system: You are a helpful assistant.
user:
Analyze the provided spectrum to determine if it is a **S-type Star**.

- **Key Indicators for S-type Star:**

    - **(Overall Spectrum Shape):** The first and most obvious characteristic is the overall continuum (the "baseline" shape). It is **extremely "red-sloping,"** meaning the flux (light intensity) is very low on the left side (blue, ~4000-4500 Å) and rises steeply and continuously toward the right side (red, ~7000 Å+).

    - **(Primary):** The spectrum is defined by the presence of strong, broad molecular absorption "valleys" (bands) from **Zirconium Oxide (ZrO)**. The identification of these bands is the **primary requirement** for classifying a star as S-type.
        - **(Key Bandheads):** You must find distinct, deep "dips" where the light has been absorbed. The most critical band systems to locate are:
            - **~6474 Å** ($\gamma$-system): This is often the strongest and clearest ZrO feature, found in the red part of the spectrum.
            - **~5718 Å** & **~5551 Å** ($\beta$-system): A pair of prominent absorption features in the yellow-orange part of the spectrum.
            - **~4640 Å** ($\alpha$-system): A key absorption band system in the blue-green region of the spectrum.

    - **(Secondary Confirmation):** The classification is strengthened by finding additional absorption bands from other related heavy element oxides, which are expected to be present alongside ZrO.
        - **(Key Bandheads):**
            - **Yttrium Oxide (YO):** Look for absorption dips near **~4800 Å** and **~6100 Å**.
            - **Lanthanum Oxide (LaO):** Additional absorption features, particularly in the red-orange part of the spectrum, are also characteristic.

    - **(Line Profile):** The combination of the steep red continuum and these numerous, deep molecular bands (ZrO, YO, etc.) gives the entire spectrum a very **"chopped-up"** or **"bumpy"** appearance. Instead of a smooth curve, the spectrum looks as though large, wide chunks of light have been "carved out" of it at the specific wavelengths listed above.

Think first, call **spectral_visualization_tool** if needed to examine features in detail, then provide your final answer. Your response must adhere to the following strict rules:
1.  **Overall Structure:** Your response must follow the format `<think>...</think> <tool_call>...</tool_call> (if a tool is used) <answer>...</answer>`.
2.  **Tool Usage Constraint:** You may only make **one** tool call per turn.
3.  **Final Answer Format:** In the `<answer>` tag, your conclusion must be inside a `\boxed{}` command (e.g., `\boxed{YES}` or `\boxed{NO}`), followed by your justification.

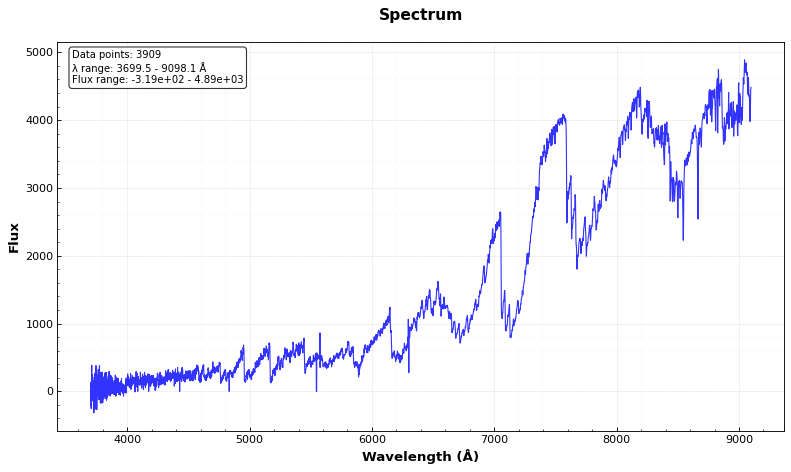
Answer: YES